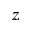
z